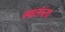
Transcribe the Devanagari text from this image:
स्वतंत्र्ता